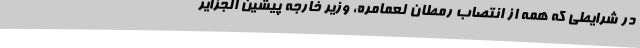
در شرایطی که همه از انتصاب رمطان لعمامره، وزیر خارجه پیشین الجزایر